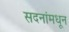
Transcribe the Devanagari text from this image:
सदनांमधून